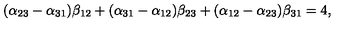
( \alpha _ { 2 3 } - \alpha _ { 3 1 } ) \beta _ { 1 2 } + ( \alpha _ { 3 1 } - \alpha _ { 1 2 } ) \beta _ { 2 3 } + ( \alpha _ { 1 2 } - \alpha _ { 2 3 } ) \beta _ { 3 1 } = 4 ,